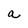
Character: a